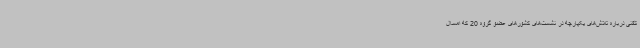
تلفنی درباره تلاش‌های یکپارچه در نشست‌های کشورهای عضو گروه 20 که امسال